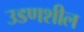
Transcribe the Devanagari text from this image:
उडणशील